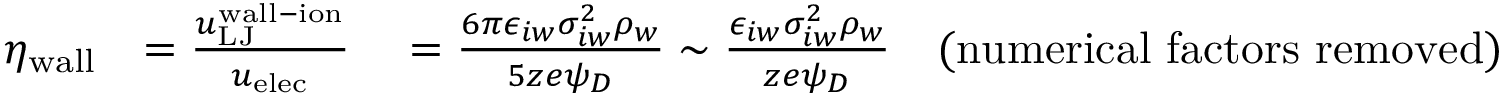
\begin{array} { r l } { \eta _ { \mathrm { w a l l } } } & { = \frac { u _ { \mathrm { L J } } ^ { \mathrm { w a l l - i o n } } } { u _ { \mathrm { e l e c } } } \quad = \frac { 6 \pi \epsilon _ { i w } \sigma _ { i w } ^ { 2 } \rho _ { w } } { 5 z e \psi _ { D } } \sim \frac { \epsilon _ { i w } \sigma _ { i w } ^ { 2 } \rho _ { w } } { z e \psi _ { D } } \quad \mathrm { ( n u m e r i c a l ~ f a c t o r s ~ r e m o v e d ) } } \end{array}